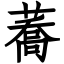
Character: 蕎